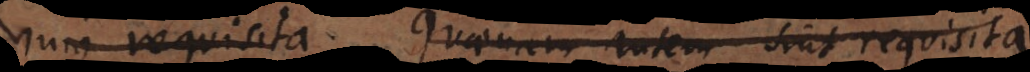
hujus requisita. Quaenam autem sint requisita